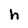
Character: h